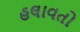
હલાવતો